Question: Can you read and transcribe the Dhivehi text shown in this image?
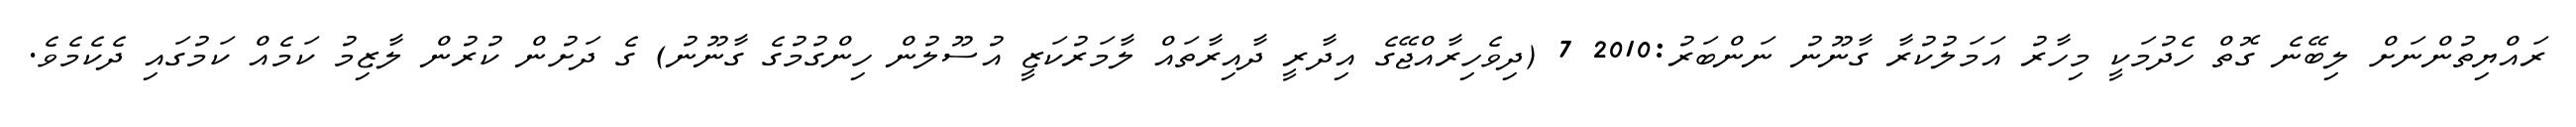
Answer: ރައްޔިތުންނަށް ލިބޭނެ ގޮތް ހެދުމަކީ މިހާރު އަމަލުކުރާ ގާނޫނު ނަންބަރު:2010 7 (ދިވެހިރާއްޖޭގެ އިދާރީ ދާއިރާތައް ލާމަރުކަޒީ އުސޫލުން ހިންގުމުގެ ގާނޫނު) ގެ ދަށުން ކުރުން ލާޒިމު ކަމެއް ކަމުގައި ދެކެމެވެ.